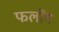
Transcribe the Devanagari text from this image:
फर्लोंग